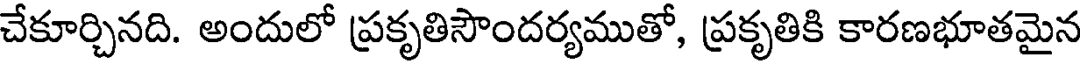
చేకూర్చినది. అందులో ప్రకృతిసౌందర్యముతో, ప్రకృతికి కారణభూతమైన